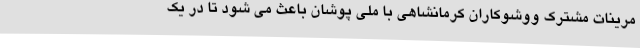
مرینات مشترک ووشوکاران کرمانشاهی با ملی پوشان باعث می شود تا در یک